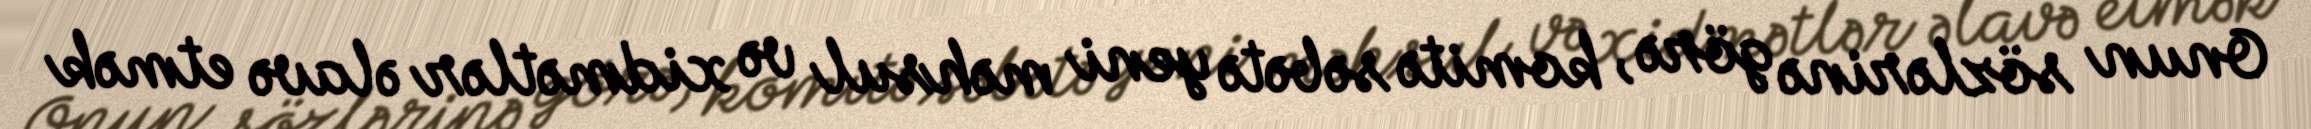
Onun sözlərinə görə, komitə səbətə yeni məhsul və xidmətlər əlavə etmək